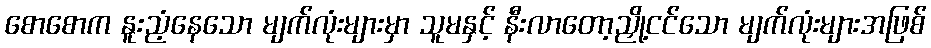
စောစောက နူးညံ့နေသော မျက်လုံးများမှာ သူမနှင့် နီးလာတော့ညှို့ငင်သော မျက်လုံးများအဖြစ်